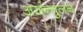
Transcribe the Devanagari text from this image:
असंन्तुलन